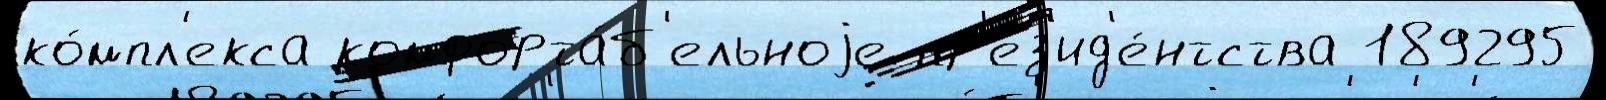
ко́мпл'екса комфорта́б'ельноjе пр'ез'ид'е́нтства 189295